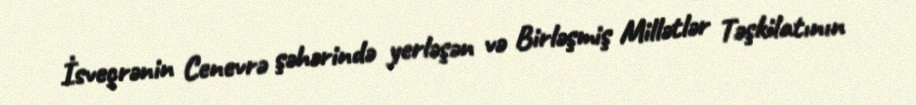
İsveçrənin Cenevrə şəhərində yerləşən və Birləşmiş Millətlər Təşkilatının